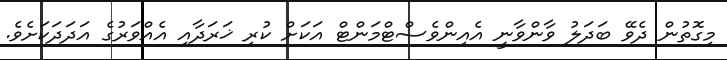
މިގޮތުން ދެވޭ ބަދަލު ވާންވާނީ އެއިންވެސްޓްމަންޓް އަކަށް ކުރި ޚަރަދާއި އެއްވަރުގެ އަދަދަކަށެވެ.